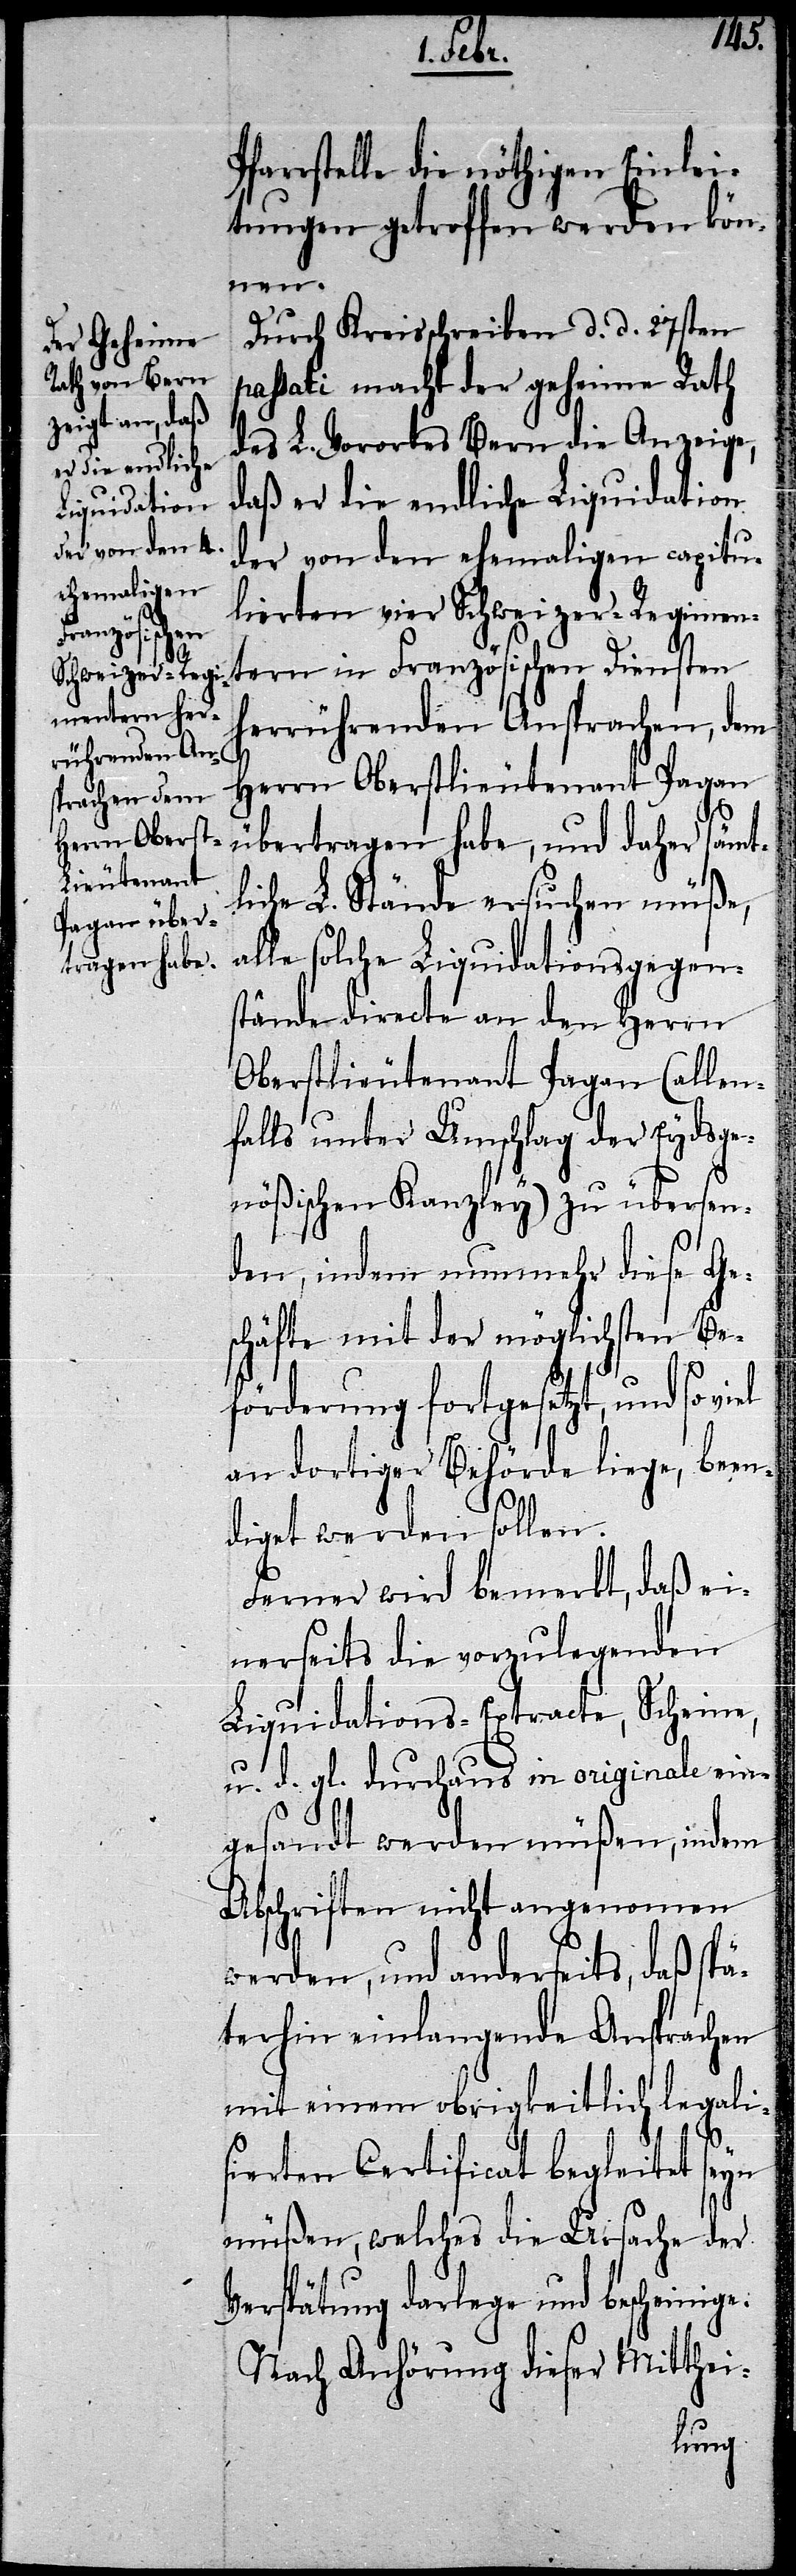
Pfarrstelle die nöthigen Einlei¬
tungen getroffen werden kön¬
nen.
Durch Kreisschreiben d. d. 27sten
passati macht der geheime Rath
des L. Vorortes Bern die Anzeige,
daß er die endliche Liquidation
der von den ehemaligen capitu¬
lierten vier Schweizer-Regimen¬
tern in Französischen Diensten
herrührenden Ansprachen, dem
Herrn Oberstlieutenant Pagan
übertragen habe, und daher sämt¬
liche L. Stände ersuchen müße,
alle solche Liquidationsgegen¬
stände directe an den Herrn
Oberstlieutenant Pagan (allen¬
falls unter Umschlag der Eydsge¬
nößischen Kanzley) zu übersen¬
den, indem nunmehr diese Ge¬
schäfte mit der möglichsten Be¬
förderung fortgesetzt, und so
an dortiger Behörde liege, been¬
diget werden sollen.
Ferner wird bemerkt, daß ei¬
nerseits die vorzulegenden
Liquidations-Extracte, Scheine,
u. d. gl. durchaus in originale ein¬
gesandt werden müßen, indem
Abschriften nicht angenomen
werden, und anderseits, daß spä¬
terhin einlangende Ansprachen
mit einem obrigkeitlich legali¬
sierten Certificat begleitet seyn
müßen, welches die Ursache der
Verspätung darlege und bescheinige.
Nach Anhörung dieser Mitthei-